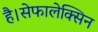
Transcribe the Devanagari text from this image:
है।सेफालेक्सिन